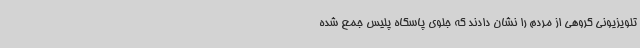
تلویزیونی گروهی از مردم را نشان دادند که جلوی پاسگاه پلیس جمع شده